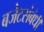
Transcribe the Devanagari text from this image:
बजेटसंबंधी